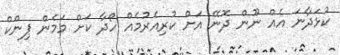
ކުޅަދާނަ އެއް ނޫން ދޮނޭ އަށް ކުރިއެރުމެއް ހޯދާ ކަށް މަމެން ޕިންކް